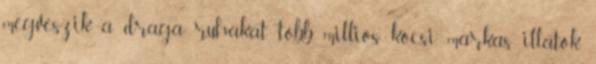
.megveszik a draga ruhakat, tobb millios kocsi, markas illatok,